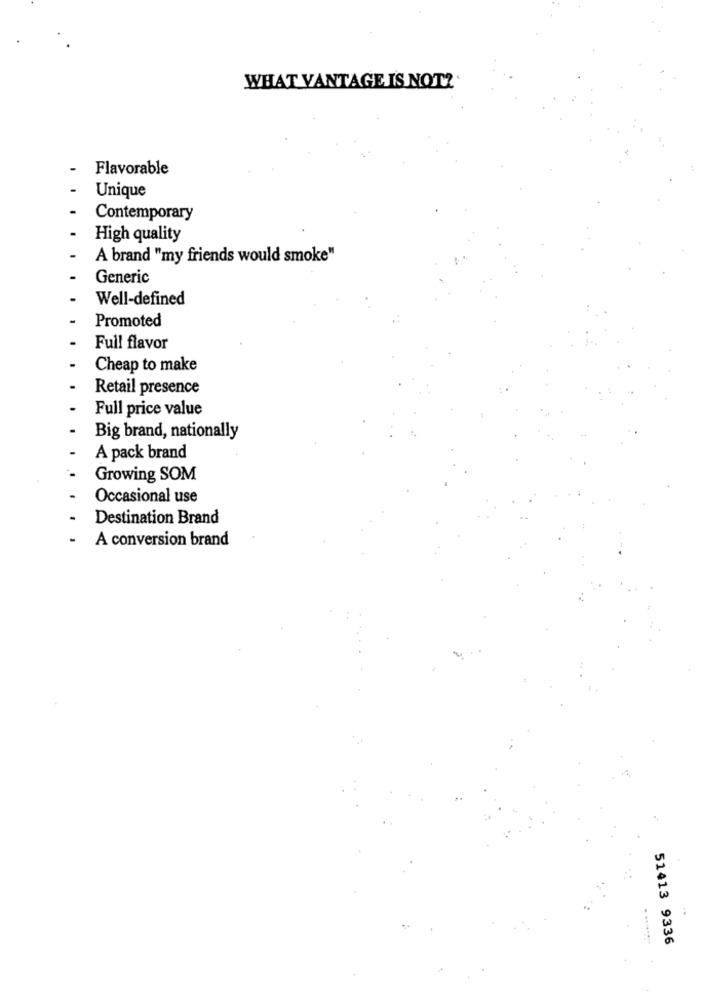
WHAT VANTAGE IS NOT?
Flavorable
Unique
Contemporary
High quality
-
A brand "my friends would smoke"
Generic
Well-defined
Promoted
Full flavor
Cheap to make
Retail presence
Full price value
Big brand, nationally
A pack brand
Growing SOM
Occasional use
Destination Brand
-
A conversion brand
51413 9336